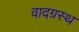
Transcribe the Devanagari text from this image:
वादग्रस्थ